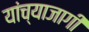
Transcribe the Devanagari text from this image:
यांच्याजागी